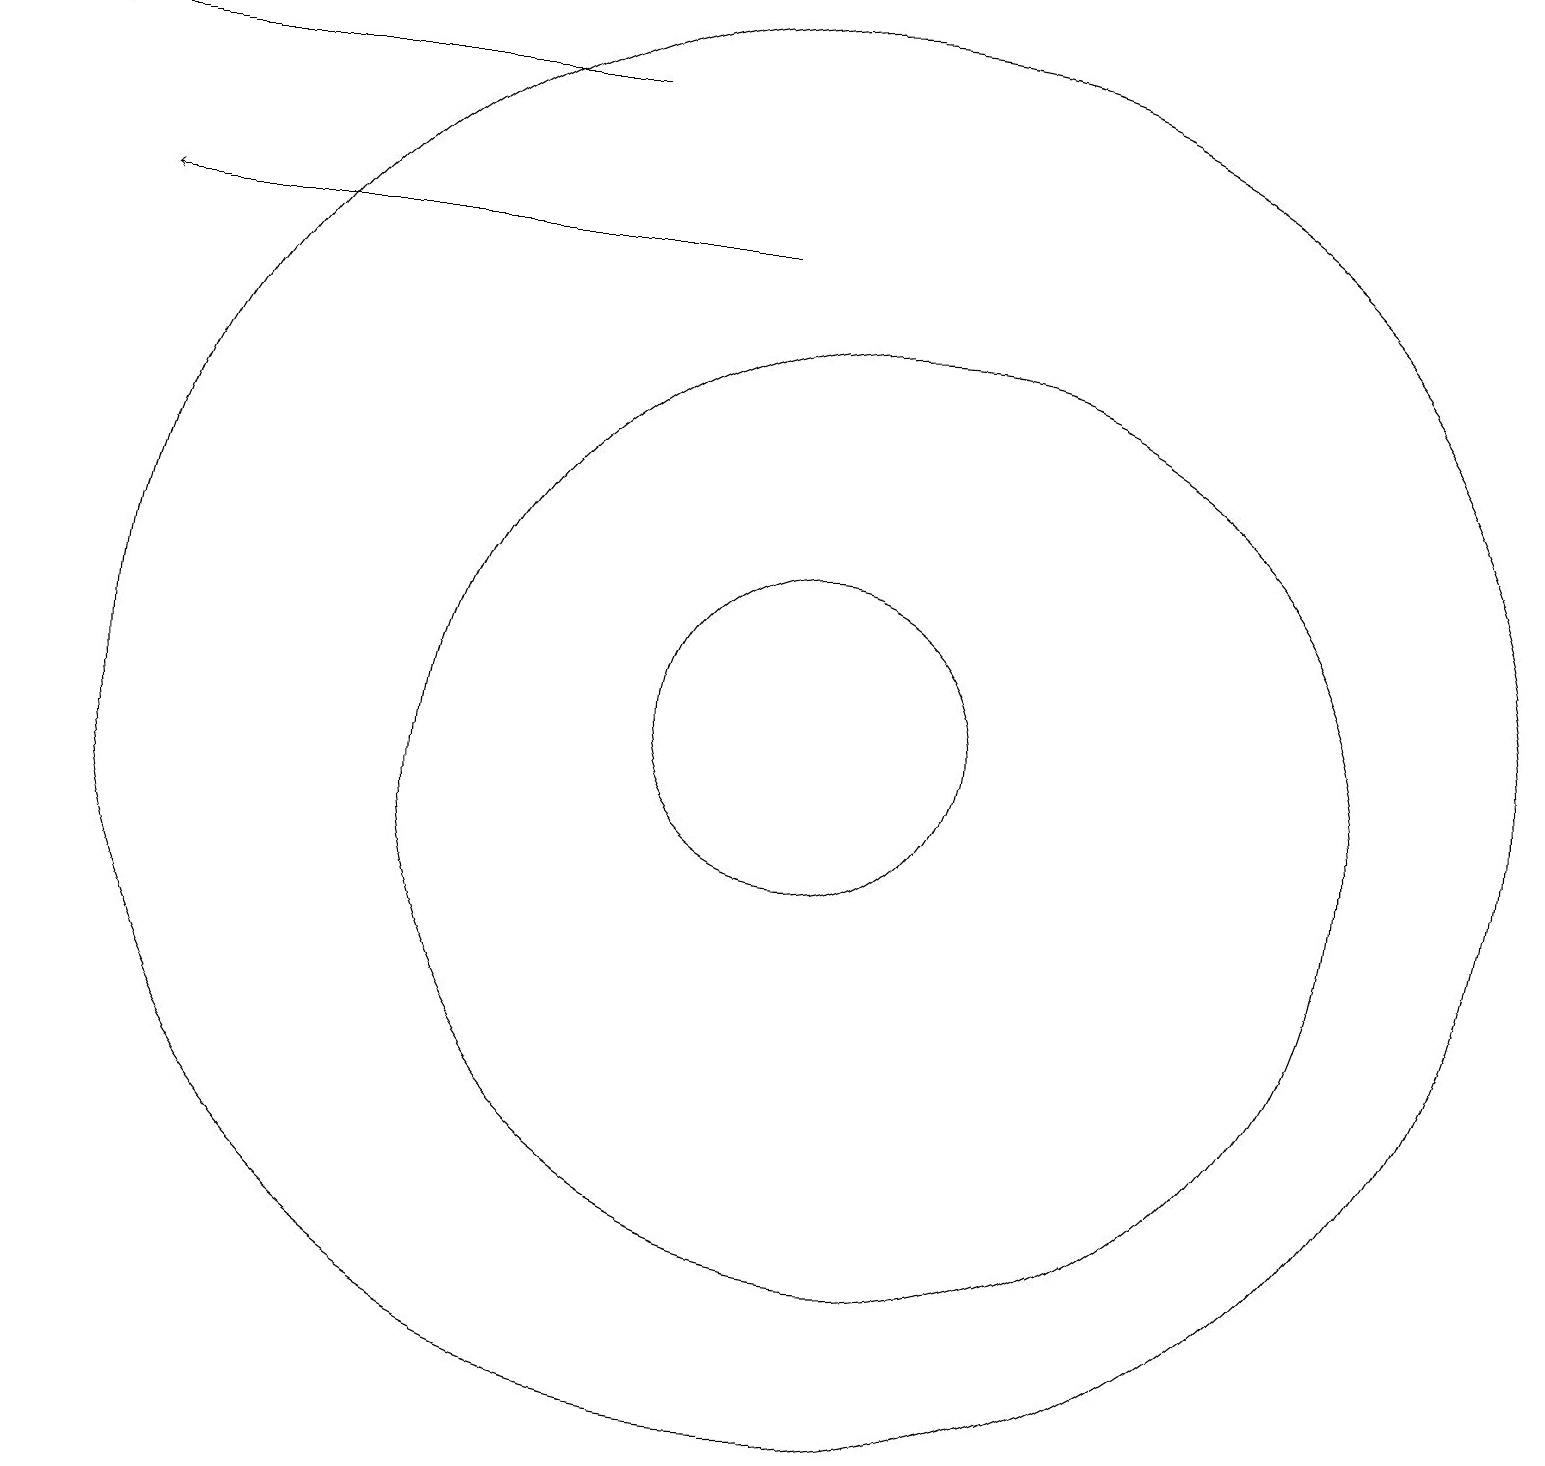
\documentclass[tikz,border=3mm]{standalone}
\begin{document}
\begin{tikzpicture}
\draw (10,11) circle (9);
\draw (10,11) circle (2);
\draw[->] (7,19) -- (0,19);
\draw (11,10) circle (6);
\draw[->] (9,17) -- (1,17);
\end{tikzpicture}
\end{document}